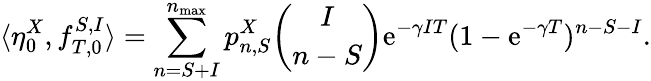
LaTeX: \langle\eta_{0}^{X},f_{T,0}^{S,I}\rangle=\sum_{n=S+I}^{n_{\operatorname*{max}}}p_{n,S}^{X}\binom{I}{n-S}\mathrm{e}^{-\gamma IT}(1-\mathrm{e}^{-\gamma T})^{n-S-I}.